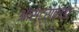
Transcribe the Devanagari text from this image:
आस्ट्राकाडा